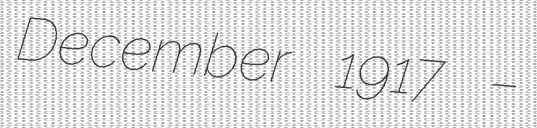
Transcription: December 1917 –